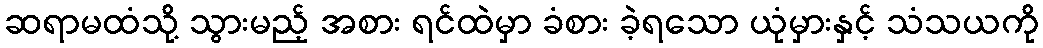
ဆရာမထံသို့ သွားမည့် အစား ရင်ထဲမှာ ခံစား ခဲ့ရသော ယုံမှားနှင့် သံသယကို